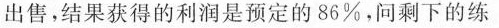
出售，结果获得的利润是预定的86%，问剩下的练